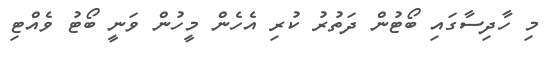
މި ހާދިސާގައި ބޯޓުން ދަތުރު ކުރި އެހެން މީހުން ވަނީ ބޯޓު ވެއްޓި